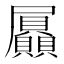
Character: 屭